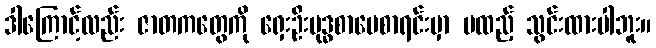
ဒါကြောင့်လည်း ဇာတကတွေကို ရှေးဦးဗုဒ္ဓစာပေစာရင်းမှာ မထည့် သွင်းထားပါဘူး။